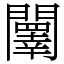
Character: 䦴